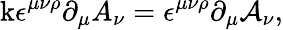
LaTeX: \mathrm{k}\epsilon^{\mu\nu\rho}\partial_{\mu}A_{\nu}=\epsilon^{\mu\nu\rho}\partial_{\mu}\mathcal{A}_{\nu},